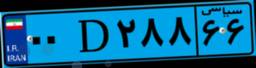
۱۰D۷۶۵۰۴